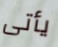
يأتى